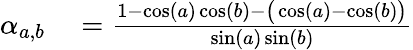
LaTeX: \begin{array}{rl}{\alpha_{a,b}}&{{}=\frac{1-\cos(a)\cos(b)-\big(\cos(a)-\cos(b)\big)}{\sin(a)\sin(b)}}\end{array}